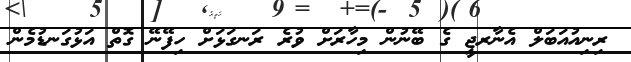
ރިނިއުއަބަލް އެނާރޖީ ގެ ބޭނުން މިހާރަށް ވުރެ ރަނގަޅަށް ހިފޭނޭ ގޮތް އަޅުގަނޑުމެން